Annual administration report of the Civil Veterinary Department, Ajmere-Merwara, British Rajputana - 1914-1940
Year: 1914
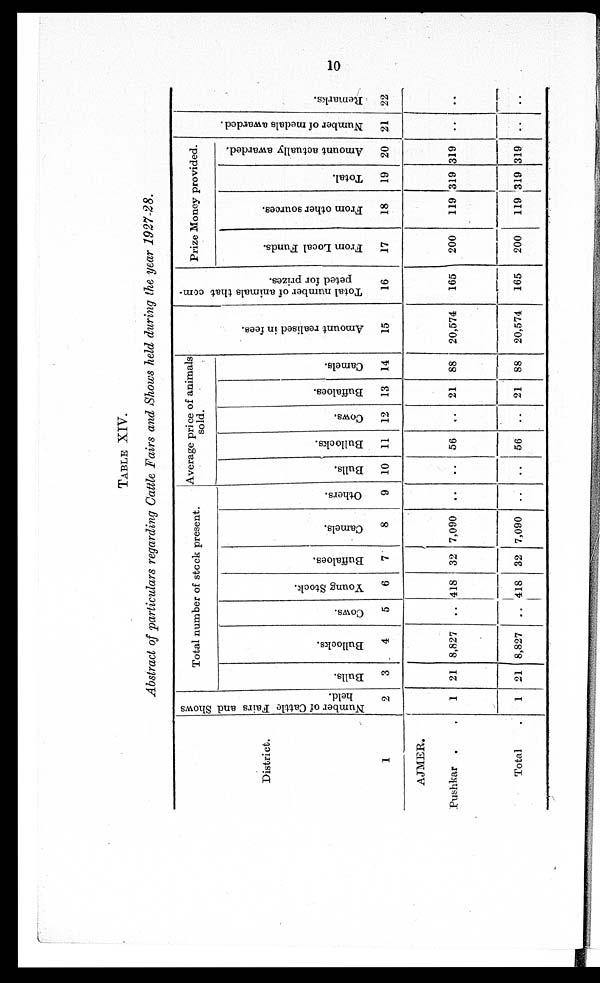
10
TABLE XIV.
Abstract of particulars regarding Cattle Fairs and Shows held during the year 1927-28.
District.
1
AJMER.
Pushkar ..
Total .
Number of Cattle Fairs and Shows
held.
2
1
1
Total number of stock present.
Bulls.
3
21
21
Bullocks.
4
8,827
8,827
Cows.
5
..
..
Young Stock.
6
418
418
Buffaloes.
7
32
32
Camels.
8
7,090
7,090
Others.
9
..
..
Average price of animals
sold.
Bulls.
10
..
..
Bullocks.
11
56
56
Cows.
12
..
..
Buffaloes.
13
21
21
Camels.
14
88
88
Amo u n t r eal i sed in fees.
15
20,574
20,574
Total number of animals that com-
peted for prizes.
16
165
165
Prize Money provided.
From Local Funds.
17
200
200
From other sources.
18
119
119
Total.
19
319
319
Amount actually awarded.
20
319
319
Nu mb e r of medals awarded.
21
..
..
Re ma r
ks .
22
..
..